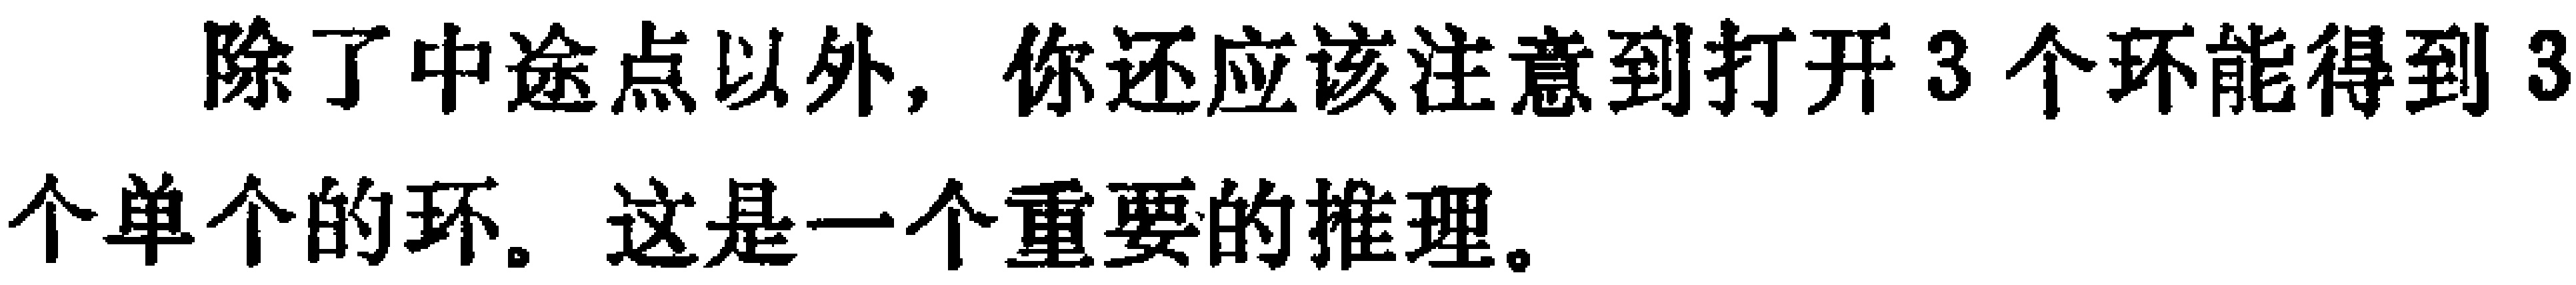
除了中途点以外，你还应该注意到打开3个环能得到3个单个的环。这是一个重要的推理。